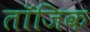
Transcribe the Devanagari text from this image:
तॉजिक